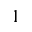
1